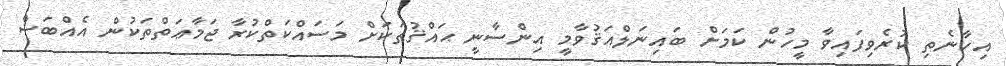
އިހާނެތި ކުރެވިފައިވާ މީހުން ކަމަށް ބައިނަލްއަޤުވާމީ އިންސާނީ ޙައްޤުތަކަށް މަސައްކަތްކުރާ ޖަމާޢަތްތަކުން އެއްބަސް